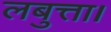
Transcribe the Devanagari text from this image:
लबुत्ता।